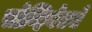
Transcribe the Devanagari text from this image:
सोव्हियेतचे